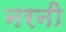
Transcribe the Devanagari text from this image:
नरनी